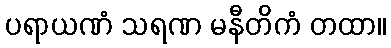
ပရာယဏံ သရဏ မနီတိကံ တထာ။